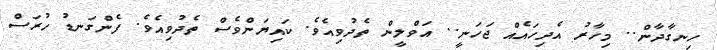
ހިނގާދާން.. މިހާރު އެދިހައެއް ޖަހަނީ.. އަވްލީން ތެދުވިއެވެ. ކައިޔަންވެސް ތެދުވިއެވެ. ފެންގަނޑު ހުރަސް